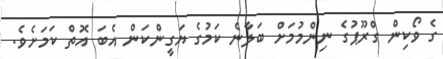
ގެ ވޯކިން ގްރޫޕުގެ ނިންމުމަށް ބަލާނެ ކަމުގެ ޔަގީންކަން އެބަ އޮތް ކަމަށެވެ.